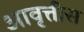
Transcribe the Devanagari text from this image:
आवृत्तीस